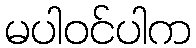
မပါဝင်ပါက